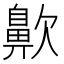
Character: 𪖗